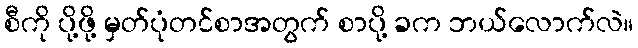
စီကို ပို့ဖို့ မှတ်ပုံတင်စာအတွက် စာပို့ ခက ဘယ်လောက်လဲ။